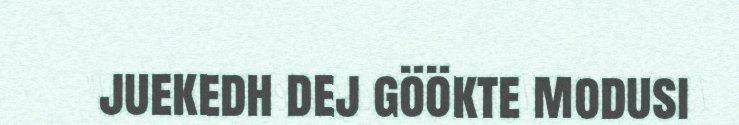
juekedh dej göökte modusi